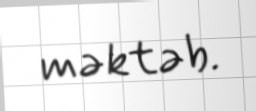
məktəb.